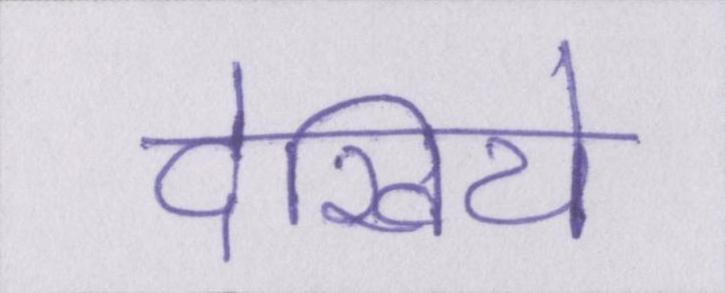
देखिये